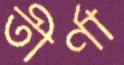
তীর্ণা